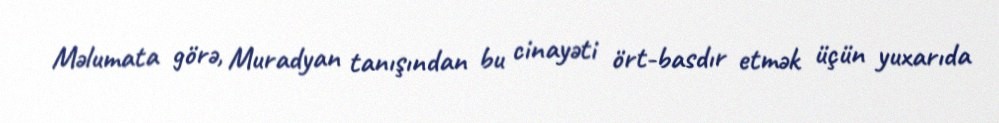
Məlumata görə, Muradyan tanışından bu cinayəti ört-basdır etmək üçün yuxarıda